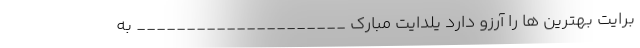
برایت بهترین ها را آرزو دارد یلدایت مبارک _____________________ به